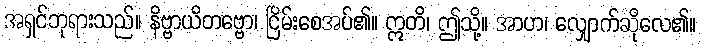
အရှင်ဘုရားသည်။ နိဗ္ဗာယိတဗ္ဗော၊ ငြိမ်းစေအပ်၏။ ဣတိ၊ ဤသို့။ အာဟ၊ လျှောက်ဆိုလေ၏။